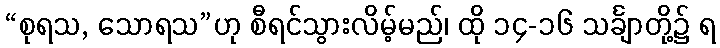
“စုရသ, သောရသ”ဟု စီရင်သွားလိမ့်မည်၊ ထို ၁၄-၁၆ သင်္ချာတို့၌ ရ